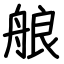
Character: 艆